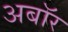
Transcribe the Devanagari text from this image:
अबॉर